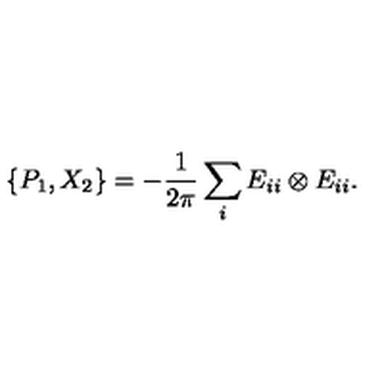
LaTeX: \{ P _ { 1 } , X _ { 2 } \} = - \frac { 1 } { 2 \pi } \sum _ { i } E _ { i i } \otimes E _ { i i } .